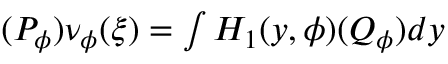
\begin{array} { r } { ( P _ { \phi } ) \nu _ { \phi } ( \xi ) = \int H _ { 1 } ( y , \phi ) ( Q _ { \phi } ) d y } \end{array}